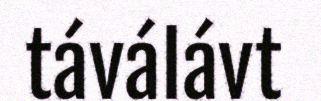
táválávt